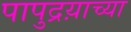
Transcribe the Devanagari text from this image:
पापुद्रय़ाच्या